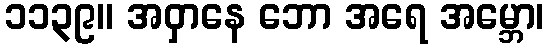
၁၁၃၉။ အဝှာနေ ဘော အရေ အမ္ဘော၊